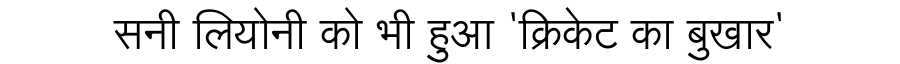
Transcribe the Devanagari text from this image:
सनी लियोनी को भी हुआ 'क्रिकेट का बुखार'